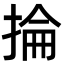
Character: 掄